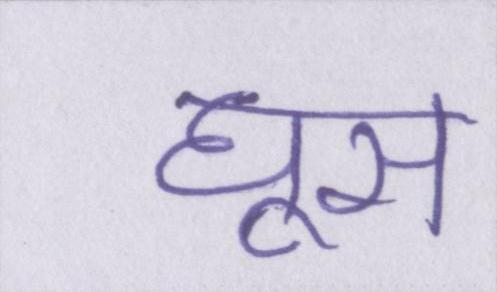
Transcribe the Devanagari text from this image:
घूस